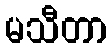
မသီတာ